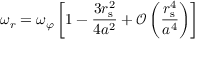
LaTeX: \omega _ { r } = \omega _ { \varphi } \left[ 1 - { \frac { 3 r _ { \mathrm { { s } } } ^ { 2 } } { 4 a ^ { 2 } } } + { \mathcal { O } } \left( { \frac { r _ { \mathrm { { s } } } ^ { 4 } } { a ^ { 4 } } } \right) \right]